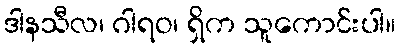
ဒါနသီလ၊ ဂါရဝ၊ ရှိက သူကောင်းပါ။